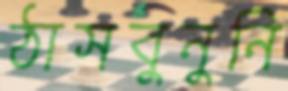
ঠাসবুনুনি